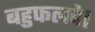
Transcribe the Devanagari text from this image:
बहुफलदे।